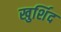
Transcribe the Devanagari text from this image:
खुर्शिद